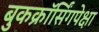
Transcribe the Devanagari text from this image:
बुकक्रॉर्सिंगपेक्षा